Lunatic asylums Central Provinces reports 1874-1885 - 1874-1885
Year: 1874
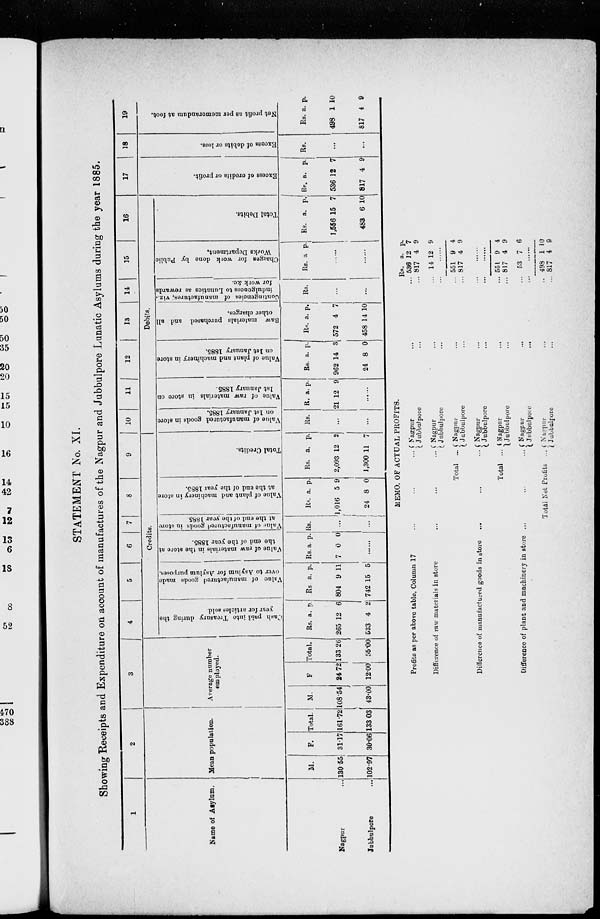
STATEMENT No. XI.
Showing Receipts and Expenditure on account of manufactures of the Nagpur and Jubbulpore Lunatic Asylums during the year 1885.
1
Name of Asylum.
Nagpur ...
Jubbulpore
...
2
Mean population.
M.
130.55
102.97
F.
31.17
30.06
Total.
161.72
133.03
3
Average number
employed.
M.
108.54
43.00
F
24.72
12.00
Total.
133.26
55.00
4
5
6
7
8
9
Credits.
Cash
paid into Treasury during the
year for articles sold.
Rs.
265
533
a.
12
4
p.
6
2
Value of manufactured goods made
over to Asylum for Asylum purposes.
Rs
804
742
a.
9
15
p.
11
5
Value of raw materials in the store at
the end of the year 1885.
Rs.
7
a.
0
p.
0
......
Value of manufactured goods in store
at the end of the
year 1885.
Rs.
...
...
Value of plant and machinery in store
at the end of the year 1885.
Rs.
1,016
24
a.
5
8
p.
9
0
Total Credits.
Rs.
2,093
1,300
a.
12
11
p.
2
7
10 11 12
13
14
15
16
Debits.
Value of manufactured goods in store
on 1st January 1885.
Rs.
...
...
Value of raw materials in store on
1st January 1885.
Rs.
21
a.
12
p.
9
......
Value of plant and machinery in store
on 1st January 1885.
Rs.
962
24
a.
14
8
p.
3
0
Raw materials purchased and all
other charges.
Rs.
572
458
a.
4
14
p.
7
10
Contingencies of manufactures, viz.,
indulgences to Lunatics as rewards
for work &c.
Rs.
...
...
Charges for work done by Public
Works Department.
Rs. a. p.
......
......
Total Debits.
Rs.
1,556
483
a.
15
6
p.
7
10
17
Excess of credits or profit.
Rs.
536
817
a.
12
4
p.
7
9
18
Excess of debits or loss.
Rs.
...
...
19
Net profit as per memorandum at foot.
Rs.
498
817
a.
1
4
p.
10
9
MEMO. OF ACTUAL PROFITS.
Profits as per above table, Column 17 ... ... ...
Difference of raw materials in store
...
...
...
Total ...
Difference of manufactured goods in store ... ... ...
Total ...
Difference of plant and machinery in store
...
...
...
Total Net Profits ...
Nagpur ... ...
Jubbulpore ... ...
Nagpur ... ...
Jubbulpore ... ...
Nagpur ... ...
Jubbulpore ... ...
Nagpur ... ...
Jubbulpore ... ...
Nagpur ... ...
Jubbulpore ... ...
Nagpur ... ...
Jubbulpore
...
...
Nagpur ... ...
Jubbulpore ...
Rs.
536
817
14
a.
12
4
12
p.
7
9
9
551
817
9
4
4
9
......
......
551
817
53
9
4
7
4
9
6
498
817
1
4
10
9